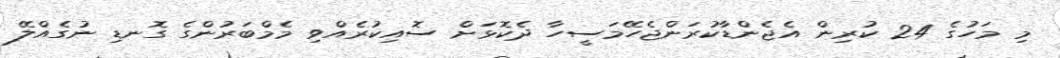
މި މަހުގެ 24 ކުރިން އެޖެންޑާކުރަންޖެހޭމަސީހާ ދެކޮޅަށް ސޮއިކުރެއްވި މެމްބަރުންގެ ގޮނޑި ނުގެއްލޭ